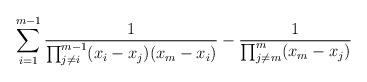
LaTeX: \begin{align*}\sum_{i=1}^{m-1}\frac{1}{\prod_{j\neq i}^{m-1}(x_i-x_j)(x_m-x_i)}- \frac{1}{\prod_{j\neq m}^{m}(x_m-x_j)}\end{align*}